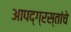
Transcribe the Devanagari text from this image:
आपद्ग्रस्तांचे